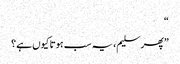
“
”پھر سلیم، یہ سب ہوتا کیوں ہے؟